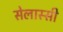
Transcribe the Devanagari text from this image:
सेलास्सी